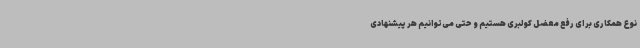
نوع همکاری برای رفع معضل کولبری هستیم و حتی می‌توانیم هر پیشنهادی